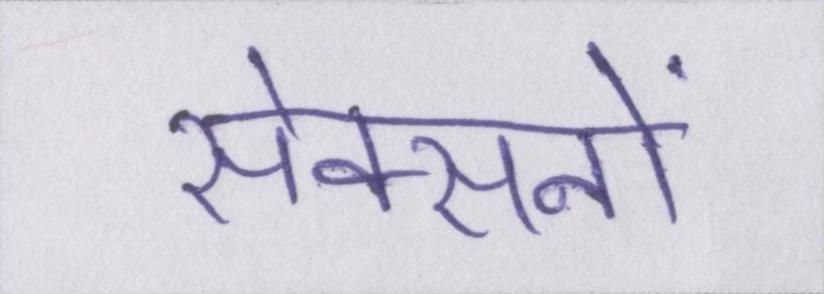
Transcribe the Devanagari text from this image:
सेक्सनों